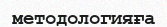
методологияға